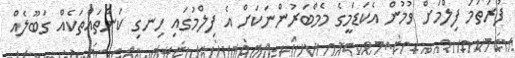
ފުރަތަމަ ފިލްމަށް ވުމުން އެކަޑަމީގެ މެމްބަރުންނަކަށް އެ ފިލްމުގައި ހިނގި ކަންތައްތަކެއް ގަބޫލެއް